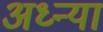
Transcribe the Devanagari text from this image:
अध्न्या